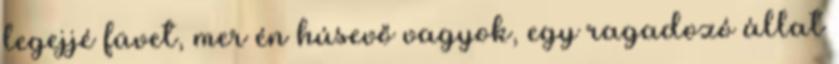
legejjé füvet, mer én húsevő vagyok, egy ragadozó állat